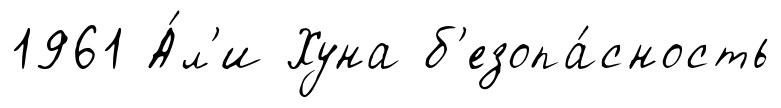
1961 А́л'и Хуна б'езопа́сность